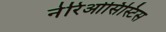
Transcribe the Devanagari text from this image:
नेरिओसिस्टिस